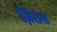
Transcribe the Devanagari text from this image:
ज़िरोस